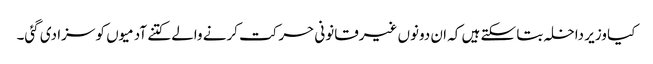
کیا وزیر داخلہ بتا سکتے ہیں کہ ان دونوں غیرقانونی حرکت کرنے والے کتنے آدمیوں کو سزا دی گئی۔